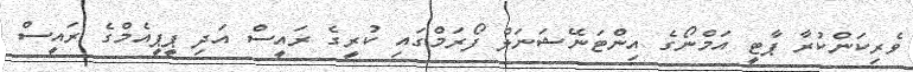
ވެރިކަންކުރާ ޕާޓީ އަމްނޯގެ އިންޓަނޭޝަނަލް ފޯރަމްގައި ކުރީގެ ރައީސް އަދި ޕީޕީއެމްގެ ރައީސް